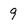
Character: 9